Mental hospitals Bombay report 1921-28 - 1921-1928
Year: 1921
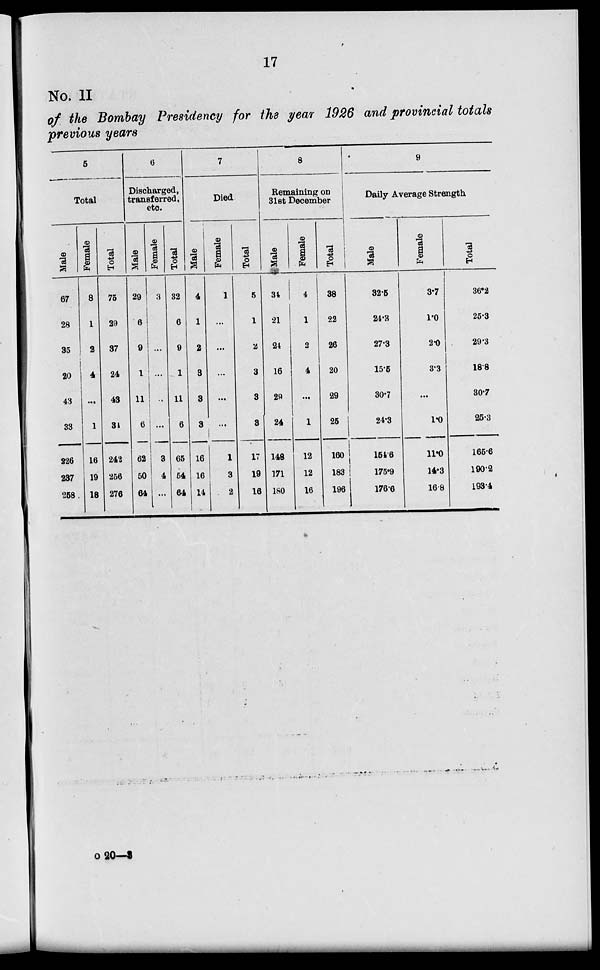
17
No. II
of the Bombay Presidency for the year 1926 and provincial totals
previous years
5
Total
Male
67
28
35
20
43
33
226
237
258
Female
8
1
2
4
...
1
16
19
18
Total
75
29
37
24
43
34
242
256
276
6
Discharged,
transferred,
etc.
Male
29
6
9
1
11
6
62
50
64
Female
3
...
...
...
...
...
3
4
...
Total
32
6
9
1
11
6
65
54
64
7
Died
Male
4
1
2
3
3
3
16
16
14
Female
1
...
...
...
...
...
1
3
2
Total
5
1
2
3
3
3
17
19
16
8
Remaining on
31st December
Male
34
21
24
16
29
24
148
171
180
Female
4
1
2
4
...
1
12
12
16
Total
38
22
26
20
29
25
160
183
196
9
Daily Average Strength
Male
32.5
24.3
27.3
15.5
30.7
24.3
154.6
175.9
176.6
Female
3.7
1.0
2.0
3.3
...
1.0
11.0
14.3
16.8
Total
36.2
25.3
29.3
18.8
30.7
25.3
165.6
190.2
193.4